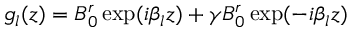
g _ { l } ( z ) = B _ { 0 } ^ { r } \exp ( i \beta _ { l } z ) + \gamma B _ { 0 } ^ { r } \exp ( - i \beta _ { l } z )